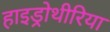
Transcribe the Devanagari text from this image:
हाइड्रोथीरिया